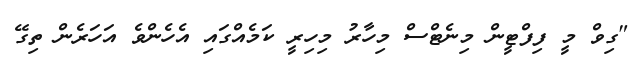
"ގިވް މީ ފިފްޓީން މިނެޓްސް މިހާރު މިހިރީ ކަމެއްގައި އެހެންވެ އަހަރެން ތިގޭ